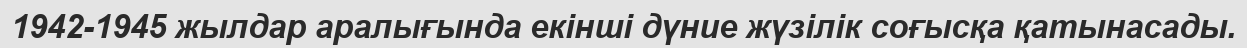
1942-1945 жылдар аралығында екінші дүние жүзілік соғысқа қатынасады.